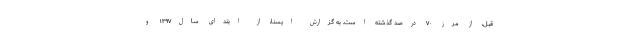
قبل، از مرز ۷۰ درصد گذشته است. به گزارش ایسنا، از ابتدای سال۱۳۹۷ و